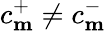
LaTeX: c_{\mathbf{m}}^{+}\neq c_{\mathbf{m}}^{-}